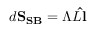
d \mathbf { S _ { S B } } = \Lambda L \mathbf { \hat { l } }